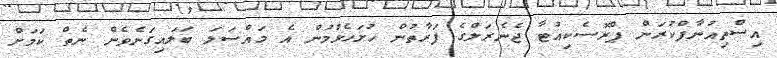
އިސްތިއުނާފްކުރަން ޕްރޮސެކިއުޓާ ޖެނެރަލްގެ ފަރާތުން ހުށަހެޅުމުން އެ މައްސަލަ ބަލައިގަނެވެން ނެތް ކަމަށް